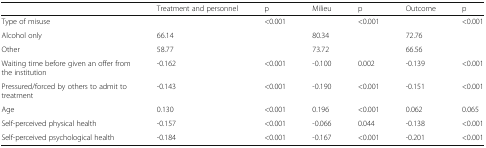
<table><thead><tr><td></td><td><b>Treatment and personnel</b></td><td><b>p</b></td><td><b>Milieu</b></td><td><b>p</b></td><td><b>Outcome</b></td><td><b>p</b></td></tr></thead><tbody><tr><td>Type of misuse</td><td></td><td>&lt;0.001</td><td></td><td>&lt;0.001</td><td></td><td>&lt;0.001</td></tr><tr><td>Alcohol only</td><td>66.14</td><td></td><td>80.34</td><td></td><td>72.76</td><td></td></tr><tr><td>Other</td><td>58.77</td><td></td><td>73.72</td><td></td><td>66.56</td><td></td></tr><tr><td>Waiting time before given an offer from the institution</td><td>-0.162</td><td>&lt;0.001</td><td>-0.100</td><td>0.002</td><td>-0.139</td><td>&lt;0.001</td></tr><tr><td>Pressured/forced by others to admit to treatment</td><td>-0.143</td><td>&lt;0.001</td><td>-0.190</td><td>&lt;0.001</td><td>-0.151</td><td>&lt;0.001</td></tr><tr><td>Age</td><td>0.130</td><td>&lt;0.001</td><td>0.196</td><td>&lt;0.001</td><td>0.062</td><td>0.065</td></tr><tr><td>Self-perceived physical health</td><td>-0.157</td><td>&lt;0.001</td><td>-0.066</td><td>0.044</td><td>-0.138</td><td>&lt;0.001</td></tr><tr><td>Self-perceived psychological health</td><td>-0.184</td><td>&lt;0.001</td><td>-0.167</td><td>&lt;0.001</td><td>-0.201</td><td>&lt;0.001</td></tr></tbody></table>